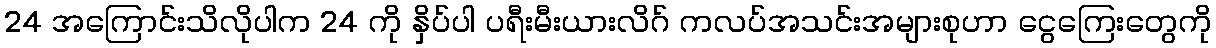
24 အကြောင်းသိလိုပါက 24 ကို နှိပ်ပါ ပရီးမီးယားလိဂ် ကလပ်အသင်းအများစုဟာ ငွေကြေးတွေကို